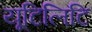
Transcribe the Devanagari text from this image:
यूटिलिटि